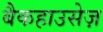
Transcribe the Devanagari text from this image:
बैकहाउसेज़